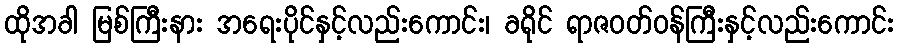
ထိုအခါ မြစ်ကြီးနား အရေးပိုင်နှင့်လည်းကောင်း၊ ခရိုင် ရာဇဝတ်ဝန်ကြီးနှင့်လည်းကောင်း